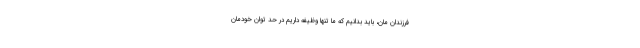
فرزندان مان، باید بدانیم که ما تنها وظیفه داریم در حد توان خودمان